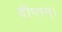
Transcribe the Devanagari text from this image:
दीप्तम्।